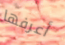
أعرفها